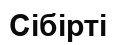
Сібірті